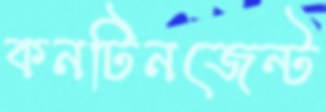
কনটিনজেন্ট